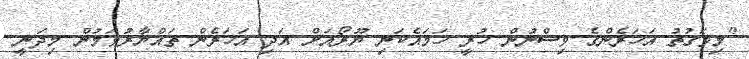
"މިވަގުތު އަހަރެންގެ ވިސްނުން ހުރީ ހަމައެކަނި ޔޫރޯއަށް އަދި އަހަރެން ތައްޔާރުވަމުން މިދަނީ